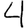
Digit: 4